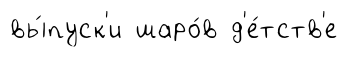
вы́пуск'и шаро́в д'е́тств'е